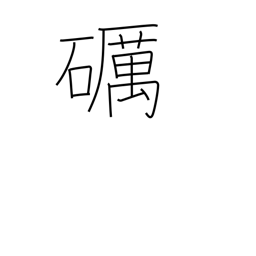
Meaning: polish